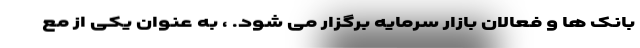
بانک ها و فعالان بازار سرمایه برگزار می شود. ، به عنوان یکی از مع